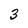
Character: 3